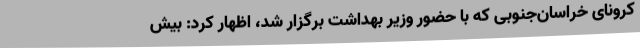
کرونای خراسان‌جنوبی که با حضور وزیر بهداشت برگزار شد، اظهار کرد: بیش